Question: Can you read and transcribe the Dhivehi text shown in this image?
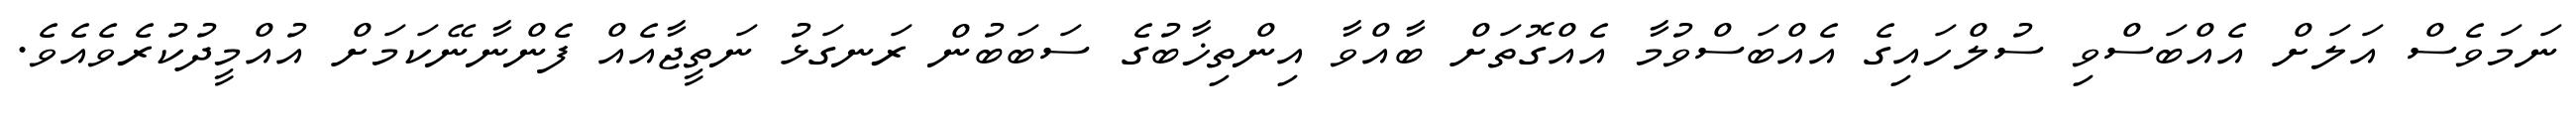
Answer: ނަމަވެސް އަލަށް އެއްބަސްވި ސުލްހައިގެ އެއްބަސްވުމާ އެއްގޮތަށް ބާއްވާ އިންތިޚާބުގެ ސަބަބުން ރަނގަޅު ނަތީޖާއެއް ފެންނާނޭކަމަށް އުއްމީދުކުރެވެއެވެ.